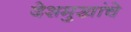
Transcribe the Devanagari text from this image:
देशमुखांचे